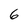
Character: 6